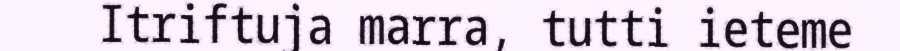
Itriftuja marra, tutti ieteme